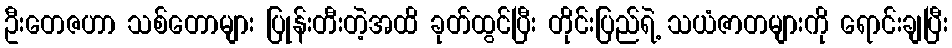
ဦးတေဇဟာ သစ်တောများ ပြုန်းတီးတဲ့အထိ ခုတ်ထွင်ပြီး တိုင်းပြည်ရဲ့ သယံဇာတများကို ရောင်းချပြီး